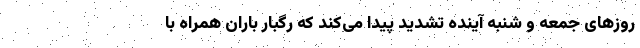
روزهای جمعه و شنبه آینده تشدید پیدا می‌کند که رگبار باران همراه با